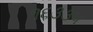
૧૬૩૩૫